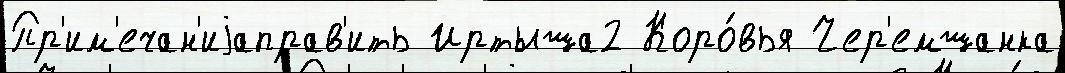
Пр'им'ечан'иjаправ'ить Иртыша2 Коро́вья Чер'емшанка